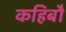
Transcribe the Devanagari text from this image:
कहिबौ